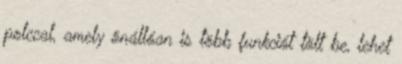
polccal, amely önállóan is több funkciót tölt be, lehet